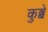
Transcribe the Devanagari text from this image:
कुब्बे